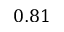
0 . 8 1